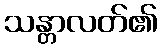
သန္တာလတ်၏